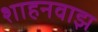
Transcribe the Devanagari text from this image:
शाहनवाझ